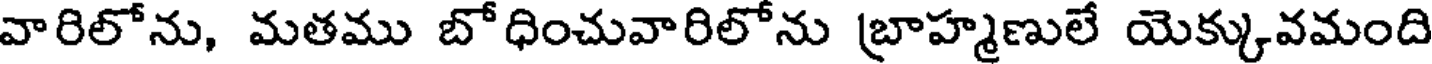
వారిలోను, మతము బోధించువారిలోను బ్రాహ్మణులే యెక్కువమంది